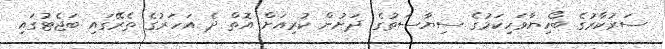
ސަރުކާރުގެ ބޯހިޔާވަހިކަމުގެ ސިޔާސަތުގެ ދަށުން ކުރިއަށް އޮތް ދެ އަހަރުގެ ތެރޭގައި ބަޖެޓުގައި